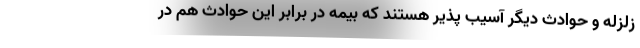
زلزله و حوادث دیگر آسیب پذیر هستند که بیمه در برابر این حوادث هم در